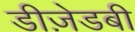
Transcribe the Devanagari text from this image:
डीज़ेडबी